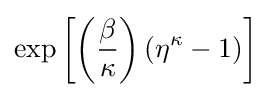
\exp \left[\left({\frac {\beta }{\kappa }}\right)(\eta ^{\kappa }-1)\right]